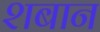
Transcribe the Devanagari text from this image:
शबान